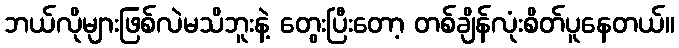
ဘယ်လိုများဖြစ်လဲမသိဘူးနဲ့ တွေးပြီးတော့ တစ်ချိန်လုံးစိတ်ပူနေတယ်။